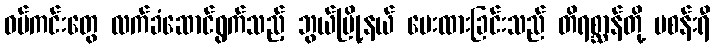
ဝပ်ကင်းတွေ လက်ခံဆောင်ရွက်သည့် ဘွယ်မြို့နယ် ပေးထားခြင်းသည် တိရစ္ဆာန်တို့ မစန်းရီ